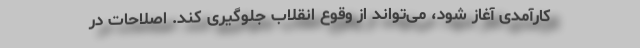
کارآمدی آغاز شود، می‌تواند از وقوع انقلاب جلوگیری کند. اصلاحات در